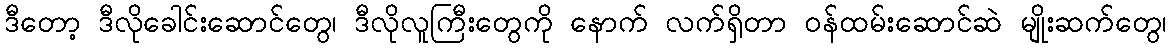
ဒီတော့ ဒီလိုခေါင်းဆောင်တွေ၊ ဒီလိုလူကြီးတွေကို နောက် လက်ရှိတာ ဝန်ထမ်းဆောင်ဆဲ မျိုးဆက်တွေ၊